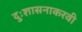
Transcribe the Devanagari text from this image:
दुःशासनाकरवी